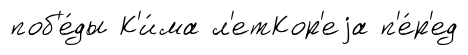
поб'е́ды К'и́ма л'етКор'еjа п'е́р'ед